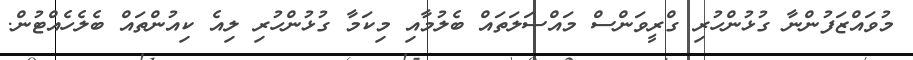
މުވައްޒަފުންނާ ގުޅުންހުރި ގްރީވަންސް މައްސަލަތައް ބެލުމާއި މިކަމާ ގުޅުންހުރި ލިއެ ކިއުންތައް ބެލެހެއްޓުން.